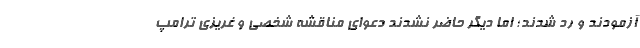
آزمودند و رد شدند؛ اما دیگر حاضر نشدند دعوای مناقشه شخصی و غریزی ترامپ